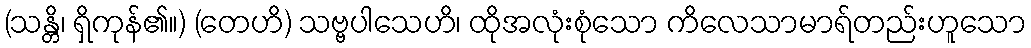
(သန္တိ၊ ရှိကုန်၏။) (တေဟိ) သဗ္ဗပါသေဟိ၊ ထိုအလုံးစုံသော ကိလေသာမာရ်တည်းဟူသော